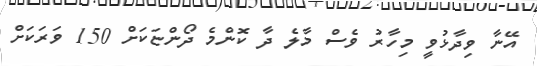
އޭނާ ވިދާޅުވީ މިހާރު ވެސް މާލެ ދާ ކޮންމެ ދޯންޏަކަށް 150 ވަރަކަށް